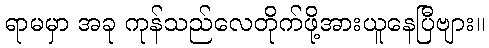
ရာမမှာ အခု ကုန်သည်လေတိုက်ဖို့အားယူနေပြီဗျား။